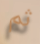
ثم